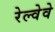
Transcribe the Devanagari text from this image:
रेल्वेवे